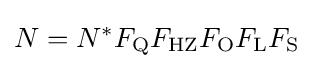
N=N^{*}F_{\text{Q}}F_{\text{HZ}}F_{\text{O}}F_{\text{L}}F_{\text{S}}